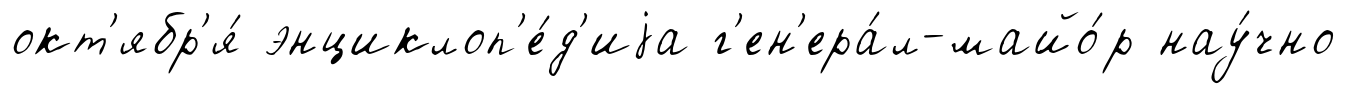
окт'ябр'я́ энциклоп'е́д'иjа г'ен'ера́л-майо́р нау́чно